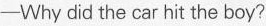
——Why did the car hit the boy?